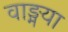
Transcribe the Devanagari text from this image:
वाङ्मया